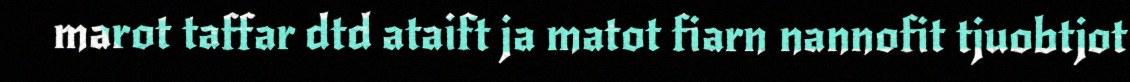
marot taffar dtd ataift ja matot fiarn nannofit tjuobtjot